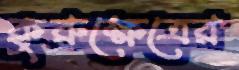
কুরুক্ষেত্রের